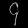
Digit: ၄